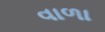
વાળા